Report on the bubonic plague in Bombay, 1896-1897
Year: 1896
Disease focus: Plague
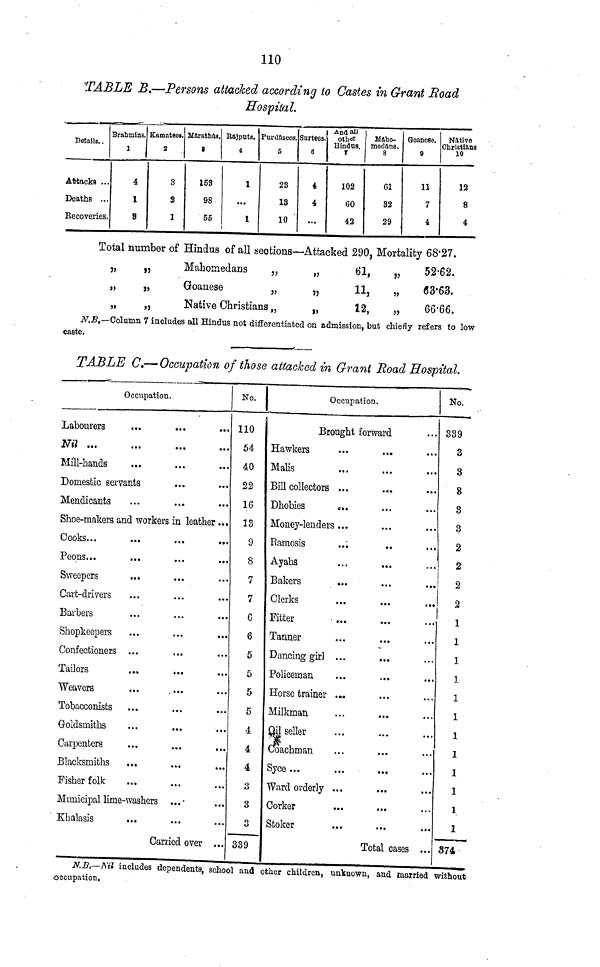
110
TABLE B.—Persons attacked according to Castes in Grant Road
Hospital.
Details..
Attacks ...
Deaths ...
Recoveries.
Brahmins.
1
4
1
8
Kamatees.
2
3
2
1
Marathas.
3
159
98
55
Rajputs.
4
1
...
1
Purdasees.
5
23
13
10
Surtees
6
4
4
...
And all
othor
Hindus.
7
102
60
42
Maho-
medans.
8
61
32
29
Goancse.
9
11
7
4
Native
Christians
10
12
8
4
Total number of Hindus of all sections—Attacked 290, Mortality
"
"
"
"
"
"
Mahomedans
Goanese
Native Christians
"
"
"
"
"
"
61,
11,
12,
"
"
"
68.27.
52.62.
63.63.
66.66.
N.B.—Column 7 includes all Hindus not differentiated on admission, but chiefly refers to low
caste.
TABLE C.—Occupation of those attacked in Grant Road Hospital.
Occupation.
Labourers
Nil ...
Mill-hands
Domestic servi
Mendicants
...
...
...
ants
...
...
...
...
...
...
Shoe-makers and workers in leather
Cooks...
Peons...
Sweepers
Cart-drivers
Barbers
Shopkeepers
Confectioners
Tailors
Weavers
Tobacconists
Goldsmiths
Carpenters
Blacksmiths
Fisher folk
...
...
...
...
...
...
...
cafe
...
...
...
...
...
...
Municipal lime-washers
Khalasis
...
...
...
...
...
...
...
...
...
...
...
...
...
...
...
...
...
Carried over
...
...
...
...
...
...
...
...
...
...
...
...
...
...
...
...
...
...
...
...
...
...
...
No.
110
54
40
22
16
13
9
8
7
7
6
6
5
5
5
5
4
4
4
3
3
3
339
Occupation.
Brought forward
Hawkers
Malis
Bill collectors
Dhobies
Money-lenders
Ramosis
Ayahs
Bakers
Clerks
Fitter
Tanner
Dancing girl
Policeman
Horse trainer
Milkman
Oil seller
Coachman
Syce...
Ward orderly
Corker
Stoker
...
...
...
...
...
...
...
...
...
...
...
...
...
...
...
...
...
...
...
...
...
...
...
...
...
...
...
...
...
...
...
...
...
...
...
...
...
...
...
...
...
...
Total cases
...
...
...
...
...
...
...
...
...
...
...
...
...
...
...
...
...
...
...
...
...
...
...
No.
339
3
3
8
3
3
2
2
2
2
1
1
1
1
1
1
1
1
1
1
1
1
374
N.B.—Nil includes dependents, school and other children, unknown, and married without
occupation.